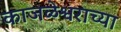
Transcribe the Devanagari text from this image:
काजळेश्वराच्या